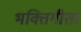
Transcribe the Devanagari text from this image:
भक्तिगीता